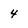
Character: 4